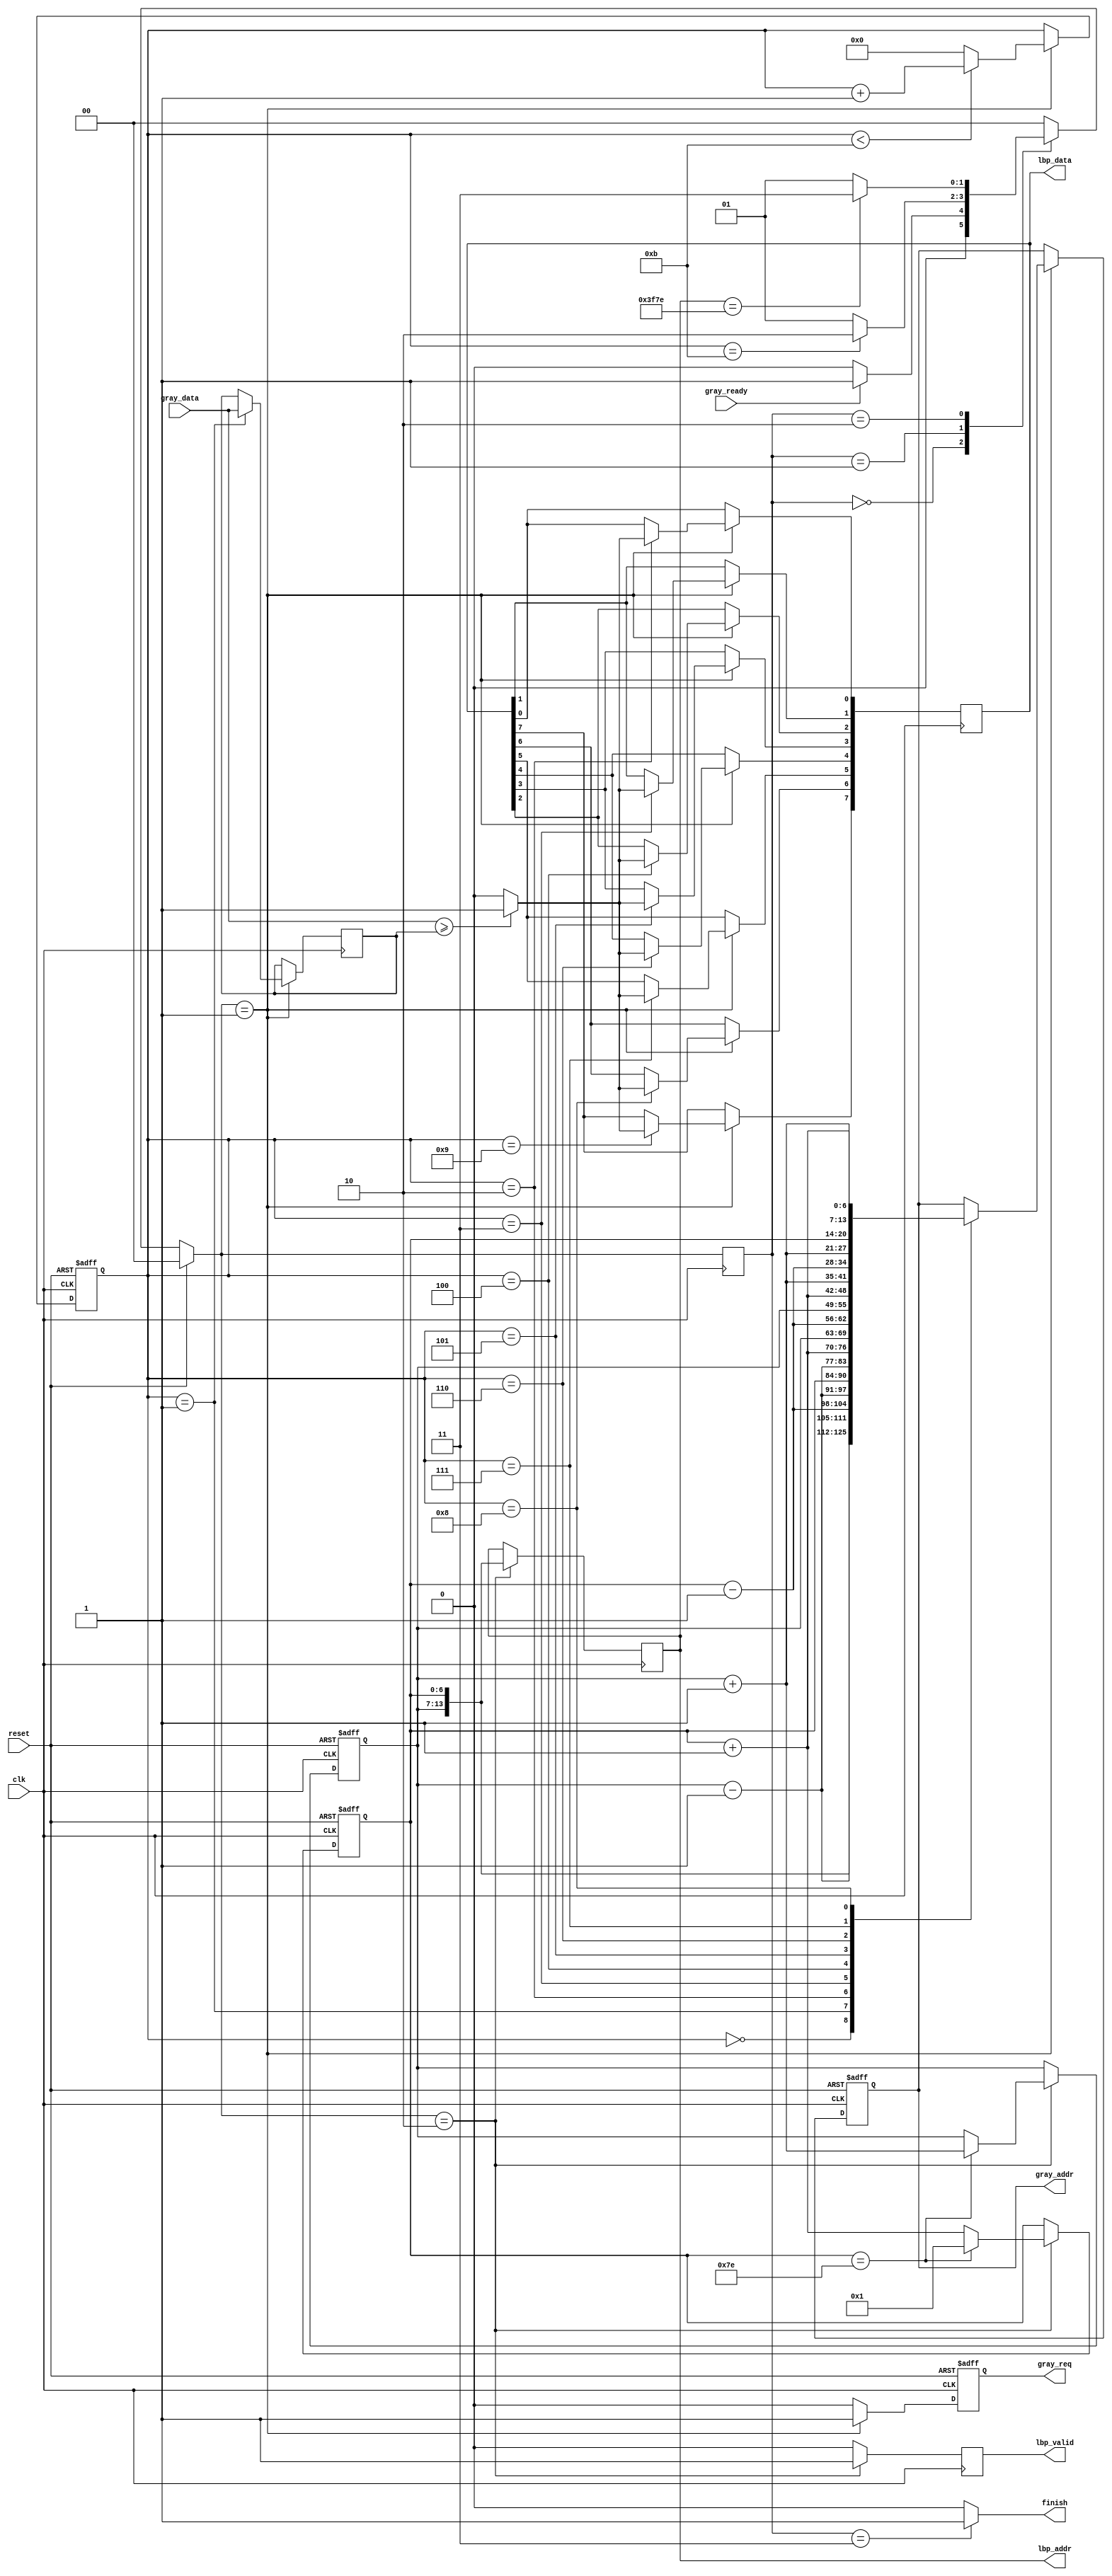
`timescale 1ns/10ps
module LBP ( clk, reset, gray_addr, gray_req, gray_ready, gray_data, lbp_addr, lbp_valid, lbp_data, finish);
input   	clk;
input   	reset;
output  reg[13:0] 	gray_addr;
output  reg       	gray_req;
input   	gray_ready;
input   [7:0] 	gray_data;
output  reg [13:0] 	lbp_addr;
output 	reg lbp_valid;
output  reg[7:0] 	lbp_data;
output  	finish;
//====================================================================
reg [1:0] state, next_state;
parameter IDLE =   2'd0; 
parameter READ =   2'd1; 
parameter WRITE =  2'd2; 
parameter FINISH = 2'd3; 

reg [6:0] col;
reg [6:0] row;

reg [3:0]cnt_read;
reg [7:0] mid;
assign finish = (state == FINISH)?1:0;

always @(posedge clk) begin
    state <= next_state;
end

always @(*) begin
    if(reset)
        next_state = IDLE;
    else begin
        case(state)
            IDLE: begin
                if(gray_ready) next_state = READ;
                else next_state = IDLE;
            end
            READ: begin
                if(cnt_read == 11) next_state = WRITE;
                else next_state = READ;
            end
            WRITE: begin
                if(lbp_addr == 16254) next_state = FINISH; //u &row && &col
                else next_state = READ;
            end
            default: next_state = IDLE;
        endcase
    end
end

//row col
always @(posedge clk or posedge reset) begin
    if(reset) {row,col} <= 129;
    else begin
        if(next_state == WRITE) begin
            if(col == 126)
            begin
            row <= row + 1;
            col <= 1;
            end
            else col <= col + 1;
        end
    end
end

always @(posedge clk) begin //
    if(next_state == WRITE) begin
        lbp_addr <= {row,col};
    end
end

always @(posedge clk or posedge reset) begin
    if(reset)begin
        gray_addr <= 0;
        cnt_read <= 0;
        gray_req <= 0;
    end
    else if(next_state == READ) 
    begin
        gray_req <= 1;
        case (cnt_read)
            0 : gray_addr <= {row,col}; //w watch the wave if cnt_read can start from 0
            1 : gray_addr <= {row-7'd1,col-7'd1};
            2 : gray_addr <= {row-7'd1,col};
            3 : gray_addr <= {row-7'd1,col+7'd1};
            4 : gray_addr <= {row,col-7'd1};
            5 : gray_addr <= {row,col+7'd1};
            6 : gray_addr <= {row+7'd1,col-7'd1};
            7 : gray_addr <= {row+7'd1,col};
            8 : gray_addr <= {row+7'd1,col+7'd1};
        endcase

        if(cnt_read < 11)
            cnt_read <= cnt_read + 1;
        else
            cnt_read <= 0;
    end
    else
    begin
        gray_req <= 0;
    end
end

//cal lbp

always @(posedge clk) begin
    if(next_state == READ)
    begin
        if(cnt_read == 1)
            mid <= gray_data; 
        case (cnt_read)
            2:  lbp_data[0]  <= (gray_data >= mid)?1:0;   
            3:  lbp_data[1]  <= (gray_data >= mid)?1:0;   
            4:  lbp_data[2]  <= (gray_data >= mid)?1:0;   
            5:  lbp_data[3]  <= (gray_data >= mid)?1:0;   
            6:  lbp_data[4]  <= (gray_data >= mid)?1:0;   
            7:  lbp_data[5]  <= (gray_data >= mid)?1:0;   
            8:  lbp_data[6]  <= (gray_data >= mid)?1:0;   
            9:  lbp_data[7]  <= (gray_data >= mid)?1:0;   
        endcase
    end
end

//data out

always @(posedge clk) begin
    if(next_state == WRITE)
    begin
        lbp_valid <= 1;
    end
    else
        lbp_valid <= 0;
end
//====================================================================
endmodule